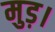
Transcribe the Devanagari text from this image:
मुड़।